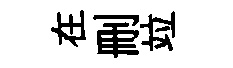
在删竝